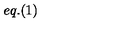
e q . ( 1 )